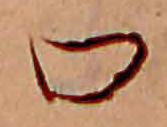
口